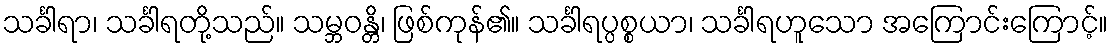
သင်္ခါရာ၊ သင်္ခါရတို့သည်။ သမ္ဘဝန္တိ၊ ဖြစ်ကုန်၏။ သင်္ခါရပ္ပစ္စယာ၊ သင်္ခါရဟူသော အကြောင်းကြောင့်။